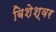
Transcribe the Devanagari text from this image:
बिशेश्वर